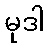
မုဒါ